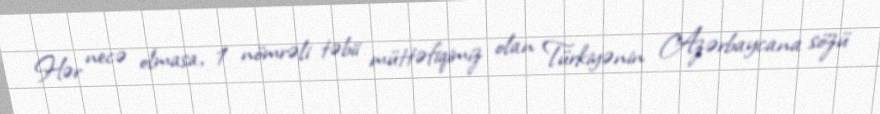
Hər necə olmasa, 1 nömrəli təbii müttəfiqimiz olan Türkiyənin Azərbaycana sözü